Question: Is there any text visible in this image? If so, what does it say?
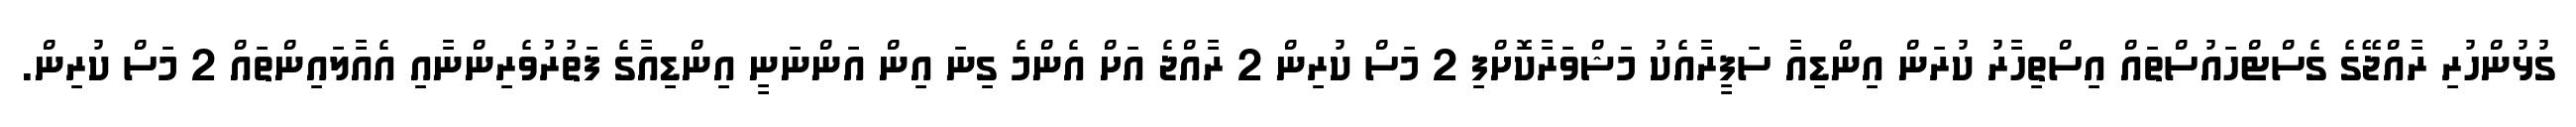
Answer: ގުޅުންހުރި ރާއްޖޭގެ ގެސްޓްހައުސްތައް އިސްތިހާރު ކުރަން އިންޑިއާ ސަފީރާއެކު މަޝްވަރާކޮށްފި 2 މަސް ކުރިން 2 ރާއްޖެ އަށް އެންމެ ގިނަ އިން އަންނަނީ އިންޑިއާގެ ފަތުރުވެރިންނާއި އެއާލައިންތައް 2 މަސް ކުރިން.